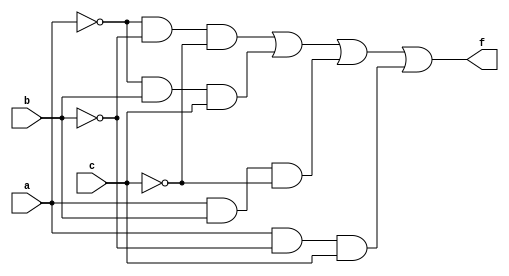
/*--  *******************************************************
--  Computer Architecture Course, Laboratory Sources 
--  Amirkabir University of Technology (Tehran Polytechnic)
--  Department of Computer Engineering (CE-AUT)
--  https://ce[dot]aut[dot]ac[dot]ir
--  *******************************************************
--  All Rights reserved (C) 2019-2020
--  *******************************************************
--  Student ID  : 
--  Student Name: 
--  Student Mail: 
--  *******************************************************
--  Additional Comments:
--
--*/

/*-----------------------------------------------------------
---  Module Name: Paritiy Generator Sum of Products
---  Description: Lab 04 Part 4
-----------------------------------------------------------*/
`timescale 1 ns/1 ns

module paritiy3_gen_sop (
	input a,
	input b,
	input c,
	output f	
);
	wire e1;
	wire e2;
	wire e3;
	
		not a1(e1, a);
		not a2(e2, b);
		not a3(e3, c);
	
	wire g1;
	wire g2;
	wire g3;
	wire g4;
	
		and r1(g1, e1, e2, e3);
		and r2(g2, e1, b, c);
		and r3(g3, a, b, e3);
		and r4(g4, a, e2, c);
		
		or p(f, g1, g2, g3, g4);

endmodule